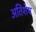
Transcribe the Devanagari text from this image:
अतिशेष